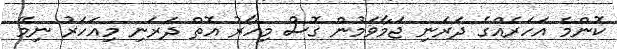
ކޮންމެ އަހަރެއްގެ ދަރަނި ޖަމާވަމުން ގޮސް މިހާރު އޮތް ދަރަނި މިއަހަރު ނިމޭ